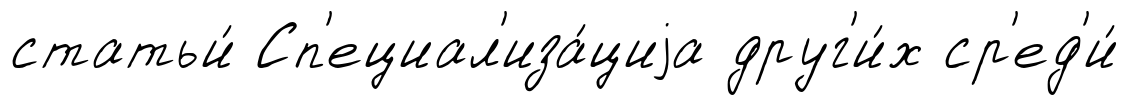
статьи́ Сп'ециал'иза́циjа друг'и́х ср'ед'и́